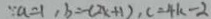
\because a = 1 , b = - ( 2 x + 1 ) , c = 4 k - 2